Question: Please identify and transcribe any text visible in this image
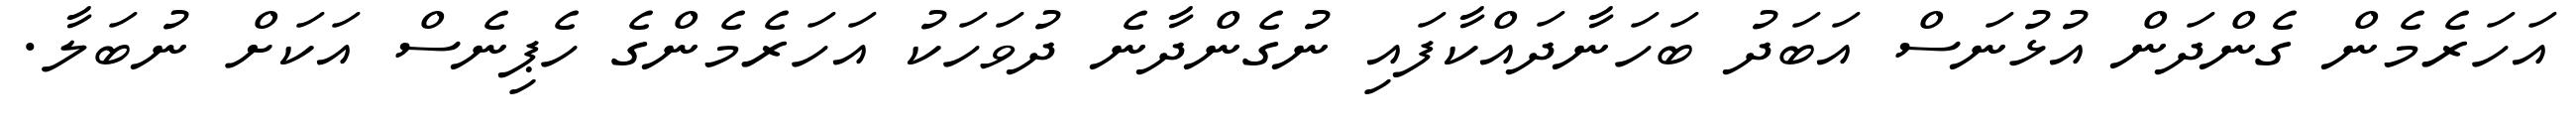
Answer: އަހަރެމެން ގެންދަން އުޅުނަސް އަބަދު ބަހަނާދައްކާފައި ނުގެންދާނެ ދުވަހަކު އަހަރެމެންގެ ހެޕިނެސް އަކަށް ނުބަލާ.